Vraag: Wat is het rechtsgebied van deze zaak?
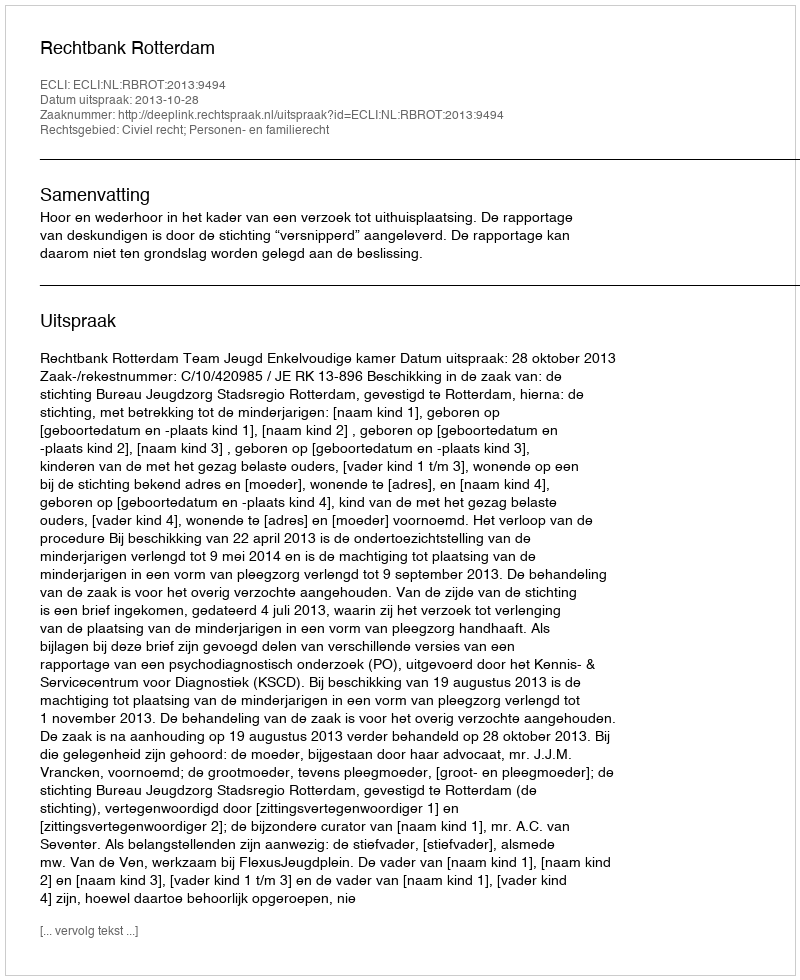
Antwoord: Civiel recht; Personen- en familierecht